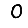
Digit: 0